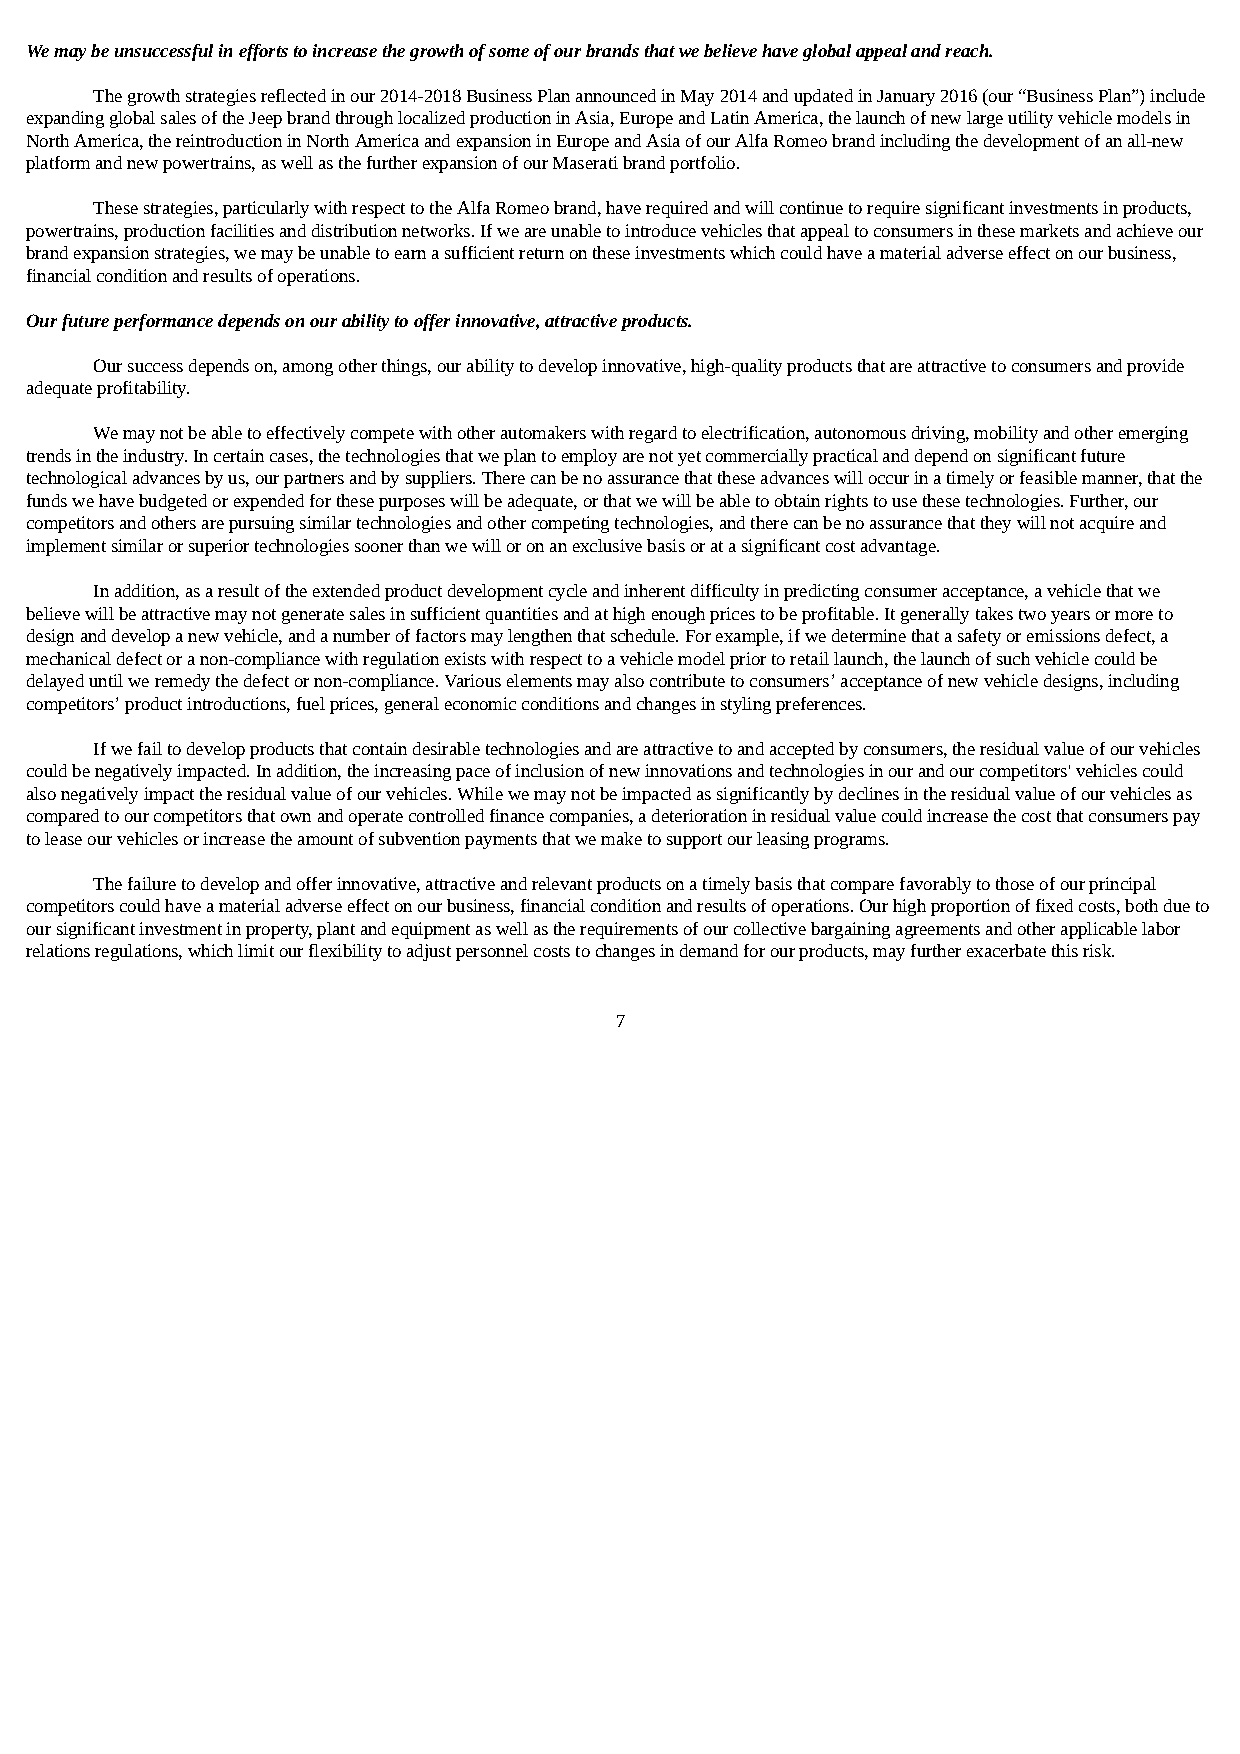
We may be unsuccessful in efforts to increase the growth of some of our brands that we believe have global appeal and reach.
 The growth strategies reflected in our 2014-2018 Business Plan announced in May 2014 and updated in January 2016 (our “Business Plan”) include
 expanding global sales of the Jeep brand through localized production in Asia, Europe and Latin America, the launch of new large utility vehicle models in
 North America, the reintroduction in North America and expansion in Europe and Asia of our Alfa Romeo brand including the development of an all-new
 platform and new powertrains, as well as the further expansion of our Maserati brand portfolio.
 These strategies, particularly with respect to the Alfa Romeo brand, have required and will continue to require significant investments in products,
 powertrains, production facilities and distribution networks. If we are unable to introduce vehicles that appeal to consumers in these markets and achieve our
 brand expansion strategies, we may be unable to earn a sufficient return on these investments which could have a material adverse effect on our business,
 financial condition and results of operations.
 Our future performance depends on our ability to offer innovative, attractive products.
 Our success depends on, among other things, our ability to develop innovative, high-quality products that are attractive to consumers and provide
 adequate profitability.
 We may not be able to effectively compete with other automakers with regard to electrification, autonomous driving, mobility and other emerging
 trends in the industry. In certain cases, the technologies that we plan to employ are not yet commercially practical and depend on significant future
 technological advances by us, our partners and by suppliers. There can be no assurance that these advances will occur in a timely or feasible manner, that the
 funds we have budgeted or expended for these purposes will be adequate, or that we will be able to obtain rights to use these technologies. Further, our
 competitors and others are pursuing similar technologies and other competing technologies, and there can be no assurance that they will not acquire and
 implement similar or superior technologies sooner than we will or on an exclusive basis or at a significant cost advantage.
 In addition, as a result of the extended product development cycle and inherent difficulty in predicting consumer acceptance, a vehicle that we
 believe will be attractive may not generate sales in sufficient quantities and at high enough prices to be profitable. It generally takes two years or more to
 design and develop a new vehicle, and a number of factors may lengthen that schedule. For example, if we determine that a safety or emissions defect, a
 mechanical defect or a non-compliance with regulation exists with respect to a vehicle model prior to retail launch, the launch of such vehicle could be
 delayed until we remedy the defect or non-compliance. Various elements may also contribute to consumers’ acceptance of new vehicle designs, including
 competitors’ product introductions, fuel prices, general economic conditions and changes in styling preferences.
 If we fail to develop products that contain desirable technologies and are attractive to and accepted by consumers, the residual value of our vehicles
 could be negatively impacted. In addition, the increasing pace of inclusion of new innovations and technologies in our and our competitors' vehicles could
 also negatively impact the residual value of our vehicles. While we may not be impacted as significantly by declines in the residual value of our vehicles as
 compared to our competitors that own and operate controlled finance companies, a deterioration in residual value could increase the cost that consumers pay
 to lease our vehicles or increase the amount of subvention payments that we make to support our leasing programs.
 The failure to develop and offer innovative, attractive and relevant products on a timely basis that compare favorably to those of our principal
 competitors could have a material adverse effect on our business, financial condition and results of operations. Our high proportion of fixed costs, both due to
 our significant investment in property, plant and equipment as well as the requirements of our collective bargaining agreements and other applicable labor
 relations regulations, which limit our flexibility to adjust personnel costs to changes in demand for our products, may further exacerbate this risk.
 7